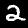
Label: 2